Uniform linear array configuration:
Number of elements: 32
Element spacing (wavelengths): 0.5
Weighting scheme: kaiser
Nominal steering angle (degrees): -45
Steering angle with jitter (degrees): -44.742
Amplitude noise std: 0.05
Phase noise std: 0.05

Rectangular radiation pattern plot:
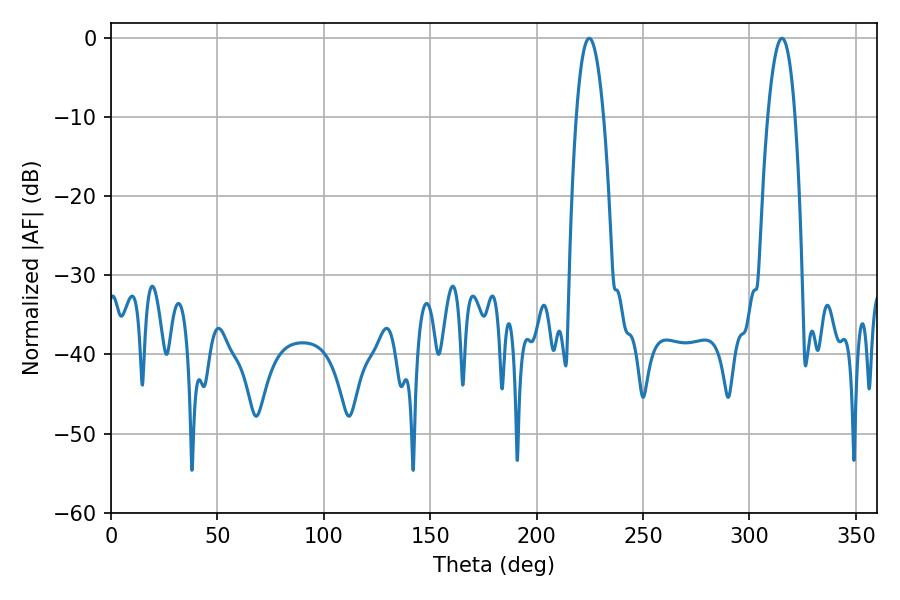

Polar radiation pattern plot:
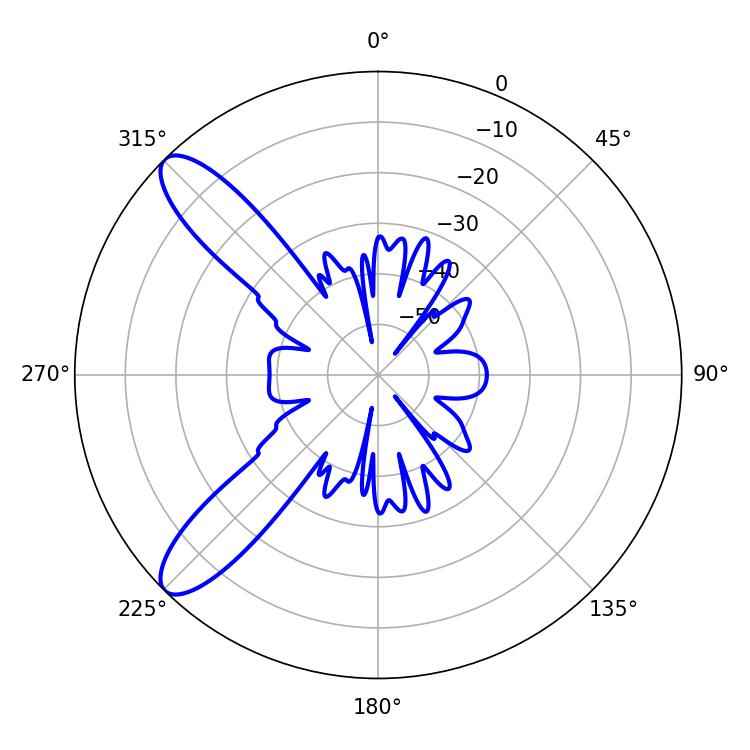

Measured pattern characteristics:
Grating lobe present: FALSE
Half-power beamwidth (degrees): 7.2
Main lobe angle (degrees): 224.64